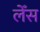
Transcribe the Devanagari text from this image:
लेँस